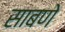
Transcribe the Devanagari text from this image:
साबणे